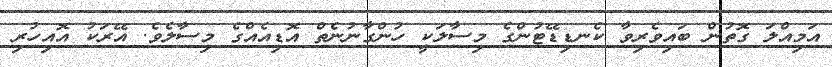
އަމިއްލަ ގޮތުން ބައިވެރިވާ ކެނޑިޑޭޓުންގެ މިސާލަކީ ހުންގާނުނެތް އޮޑިއެއްގެ މިސާލެވެ. އޭރަކު އޮއިހުރި